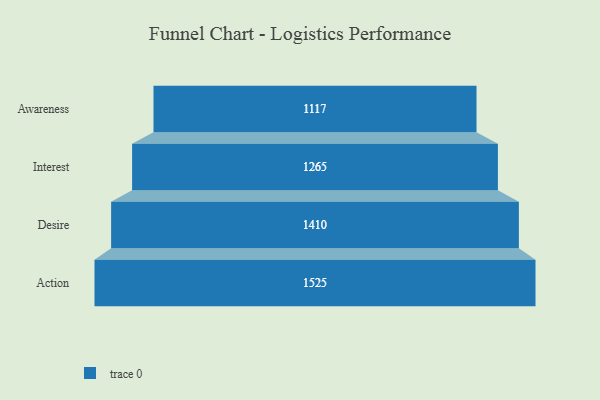
{"axis": {"x": "Stage", "y": "Value"}, "legend": [""], "data": [{"x": "Awareness", "y": 1117.0, "type": ""}, {"x": "Interest", "y": 1265.0, "type": ""}, {"x": "Desire", "y": 1410.0, "type": ""}, {"x": "Action", "y": 1525.0, "type": ""}]}